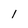
Character: 1